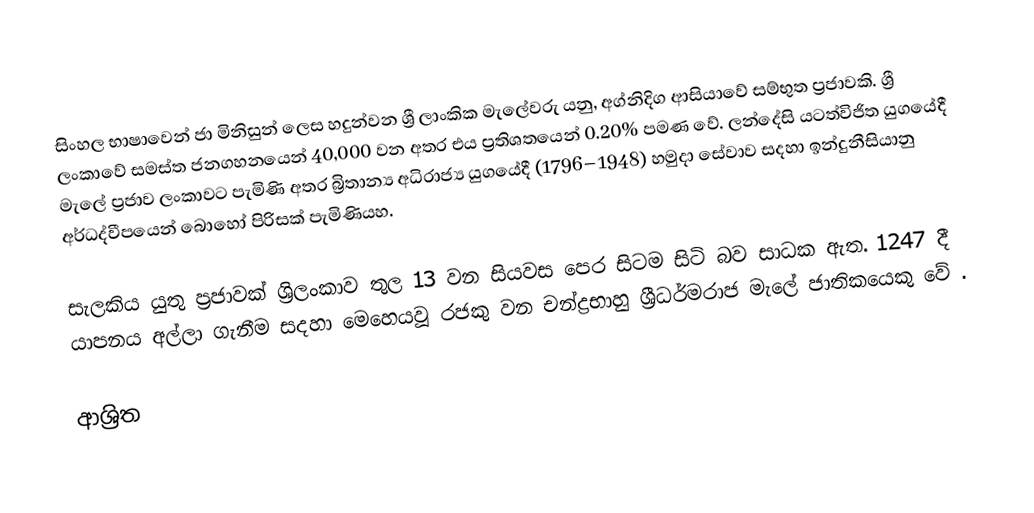
සිංහල භාෂාවෙන් ජා මිනිසුන් ලෙස හදුන්වන ශ්‍රී ලාංකික මැලේවරු යනු,  අග්නිදිග ආසියාවේ සම්භුත ප්‍රජාවකි. ශ්‍රී ලංකාවේ සමස්ත ජනගහනයෙන් 40,000 වන අතර එය ප්‍රතිශතයෙන් 0.20% පමණ වේ. ලන්දේසි යටත්විජිත යුගයේදී මැලේ ප්‍රජාව ලංකාවට පැමිණි අතර බ්‍රිතාන්‍ය අධිරාජ්‍ය යුගයේදී  (1796–1948) හමුදා සේවාව සදහා ඉන්දුනීසියානු අර්ධද්වීපයෙන් බොහෝ පිරිසක් පැමිණියහ.

සැලකිය යුතු ප්‍රජාවක් ශ්‍රිලංකාව තුල 13 වන සියවස පෙර සිටම සිටි බව සාධක ඇත. 1247 දී යාපනය අල්ලා ගැනීම සදහා මෙහෙයවූ රජකු වන චන්ද්‍රභාහු ශ්‍රීධර්මරාජ මැලේ ජාතිකයෙකු වේ .

ආශ්‍රිත